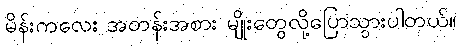
မိန်းကလေး အတန်းအစား မျိုးတွေလို့ပြောသွားပါတယ်။